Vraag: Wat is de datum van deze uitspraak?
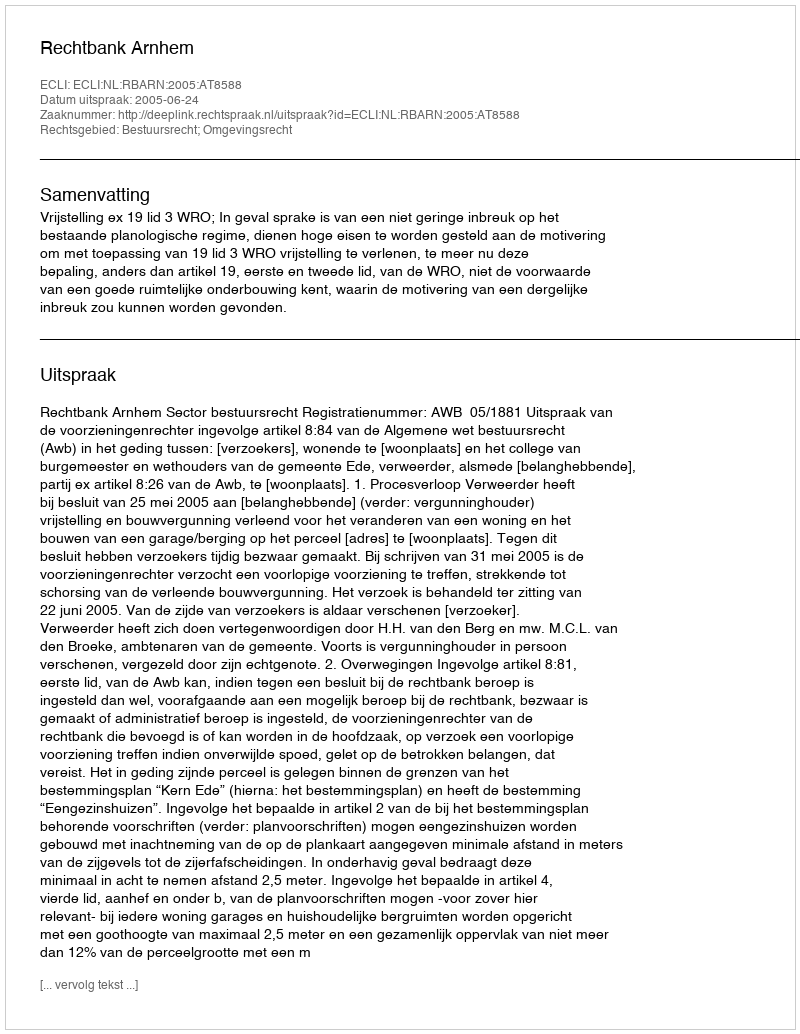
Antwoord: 2005-06-24